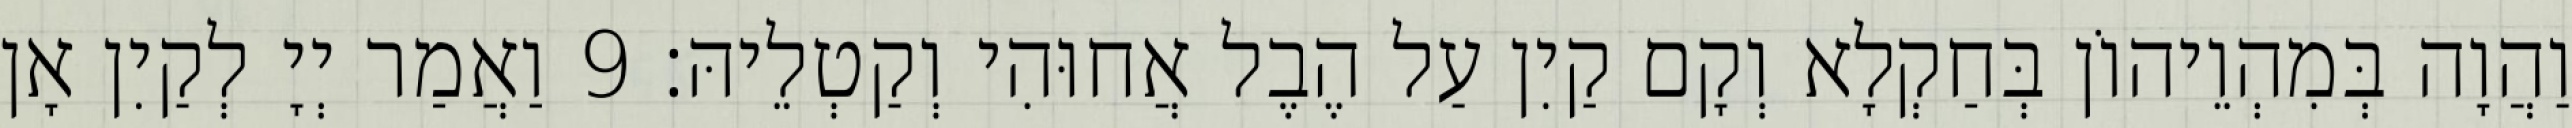
וַהֲוָה בְּמִהְוֵיהוֹן בְּחַקְלָא וְקָם קַיִן עַל הֶבֶל אֲחוּהִי וְקַטְלֵיהּ׃ 9 וַאֲמַר יְיָ לְקַיִן אָן